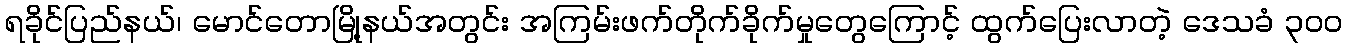
ရခိုင်ပြည်နယ်၊ မောင်တောမြို့နယ်အတွင်း အကြမ်းဖက်တိုက်ခိုက်မှုတွေကြောင့် ထွက်ပြေးလာတဲ့ ဒေသခံ ၃၀၀